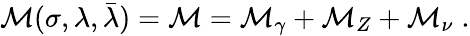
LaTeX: {\cal M}(\sigma,\lambda,\bar{\lambda})={\cal M}={\cal M}_{\gamma}+{\cal M}_{Z}+{\cal M}_{\nu}\; .